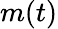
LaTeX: m(t)